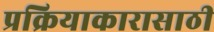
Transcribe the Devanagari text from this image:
प्रक्रियाकारासाठी